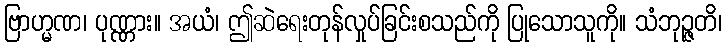
ဗြာဟ္မဏ၊ ပုဏ္ဏား။ အယံ၊ ဤဆဲရေးတုန်လှုပ်ခြင်းစသည်ကို ပြုသောသူကို။ သံဘုဉ္ဇတိ၊